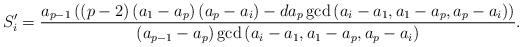
LaTeX: \begin{align*}S'_i=\frac{a_{p-1} \left((p-2) \left(a_1-a_p\right) \left(a_p-a_i\right)-d a_p \gcd \left(a_i-a_1,a_1-a_p,a_p-a_i\right)\right)}{\left(a_{p-1}-a_p\right) \gcd \left(a_i-a_1,a_1-a_p,a_p-a_i\right)}.\end{align*}